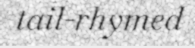
tail-rhymed